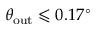
\theta _ { \mathrm { o u t } } \leqslant 0 . 1 7 ^ { \circ }